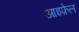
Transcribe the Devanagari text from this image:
आइफ़ेल